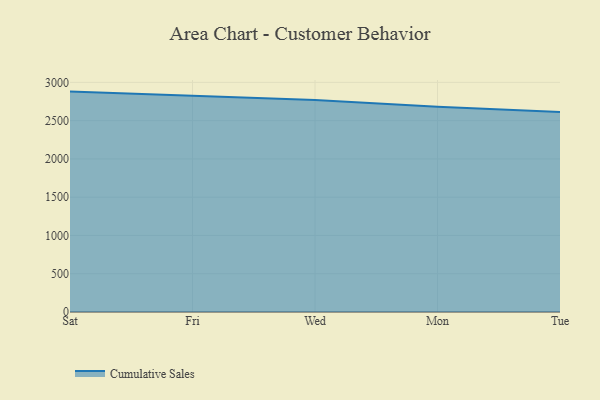
{"axis": {"x": "Day", "y": "Net Income (USD K)"}, "legend": ["Cumulative Sales"], "data": [{"x": "Sat", "y": 2879.3, "type": "Cumulative Sales"}, {"x": "Fri", "y": 2822.4, "type": "Cumulative Sales"}, {"x": "Wed", "y": 2768.2, "type": "Cumulative Sales"}, {"x": "Mon", "y": 2680.1, "type": "Cumulative Sales"}, {"x": "Tue", "y": 2612.0, "type": "Cumulative Sales"}]}